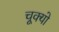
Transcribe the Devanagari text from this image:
चूक्यो